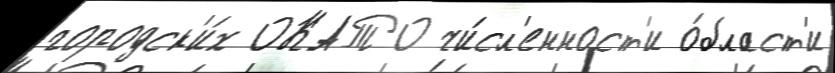
городск'и́х ОКАТО чи́сл'енност'и о́бласт'и